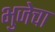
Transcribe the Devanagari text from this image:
भुजेचा